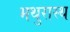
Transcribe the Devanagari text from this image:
मथुरास्थ